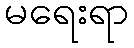
မရေးရာ